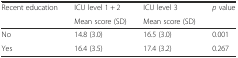
<table><thead><tr><td><b>Recent education</b></td><td><b>ICU level 1 + 2</b></td><td><b>ICU level 3</b></td><td><b><i>p</i> value</b></td></tr><tr><td></td><td><b>Mean score (SD)</b></td><td><b>Mean score (SD)</b></td><td></td></tr></thead><tbody><tr><td>No</td><td>14.8 (3.0)</td><td>16.5 (3.0)</td><td>0.001</td></tr><tr><td>Yes</td><td>16.4 (3.5)</td><td>17.4 (3.2)</td><td>0.267</td></tr></tbody></table>